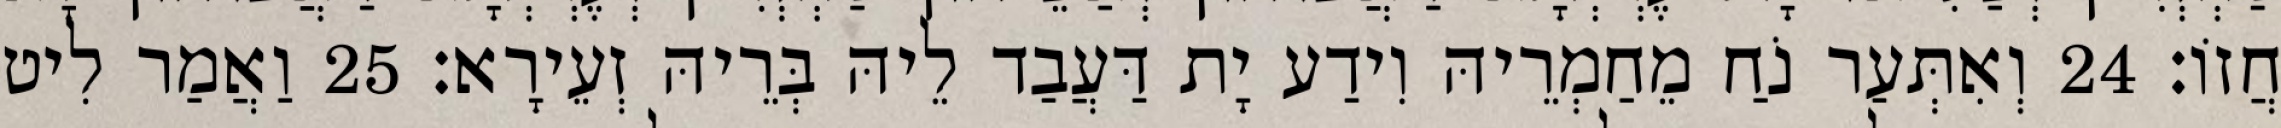
חֲזוֹ׃ 24 וְאִתְּעַר נֹחַ מֵחַמְרֵיהּ וִידַע יָת דַּעֲבַד לֵיהּ בְּרֵיהּ זְעֵירָא׃ 25 וַאֲמַר לִיט